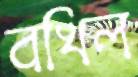
বখিল